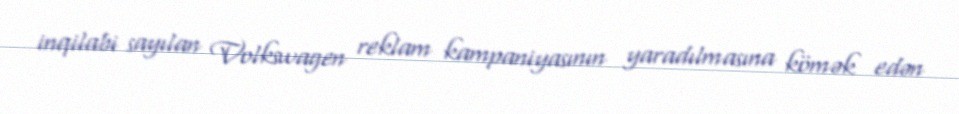
inqilabi sayılan Volkswagen reklam kampaniyasının yaradılmasına kömək edən